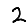
Digit: 2